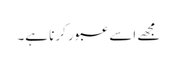
مجھے اسے عبور کرنا ہے۔